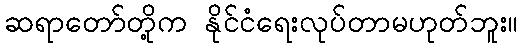
ဆရာတော်တို့က နိုင်ငံရေးလုပ်တာမဟုတ်ဘူး။